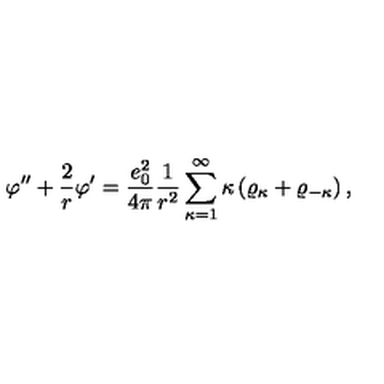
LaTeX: \varphi ^ { \prime \prime } + \frac { 2 } { r } \varphi ^ { \prime } = \frac { e _ { 0 } ^ { 2 } } { 4 \pi } \frac { 1 } { r ^ { 2 } } \sum _ { \kappa = 1 } ^ { \infty } \kappa \left( \varrho _ { \kappa } + \varrho _ { - \kappa } \right) ,